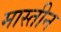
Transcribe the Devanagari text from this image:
मास्तीन